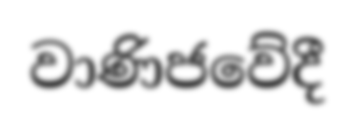
වාණිජවේදී